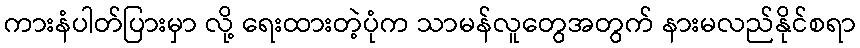
ကားနံပါတ်ပြားမှာ လို့ ရေးထားတဲ့ပုံက သာမန်လူတွေအတွက် နားမလည်နိုင်စရာ